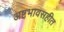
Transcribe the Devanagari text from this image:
अष्टभावसहीत